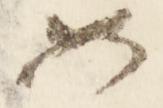
如